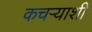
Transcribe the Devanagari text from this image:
कचऱ्याशी